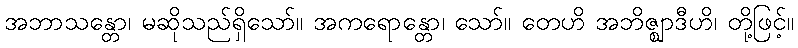
အဘာသန္တော၊ မဆိုသည်ရှိသော်။ အကရောန္တော၊ သော်။ တေဟိ အဘိဇ္ဈာဒီဟိ၊ တို့ဖြင့်။